Report on sanitation, dispensaries, and jails in Rajputana for 1914, and on vaccination for the year 1914-1915 - 1914-1915
Year: 1914
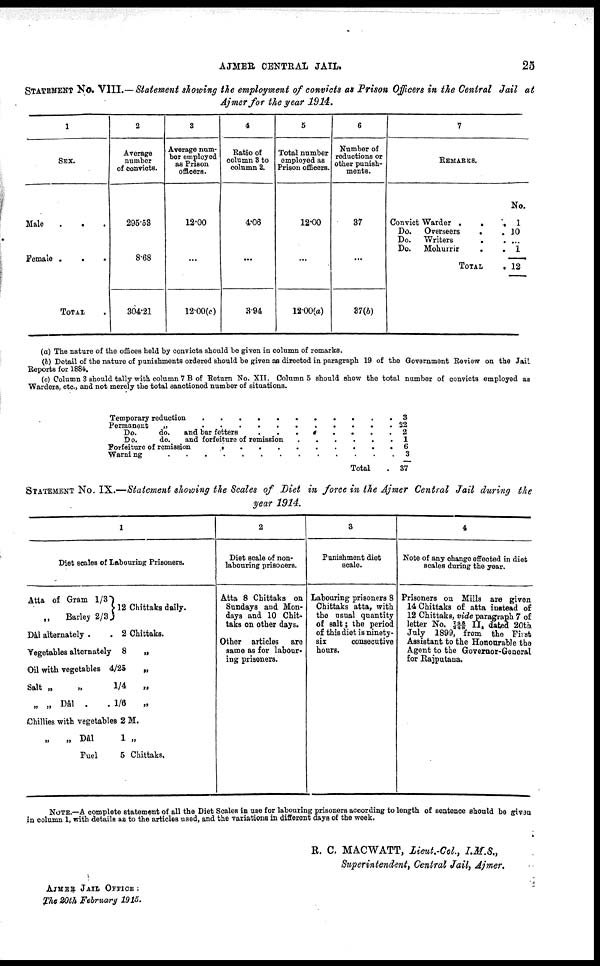
AJMER CENTRAL JAIL.
25
STATEMENT No. VIII.—Statement showing the employment of convicts as Prison Officers in the Central Jail at
Ajmer for the year 1914.
1
SEX.
Male . . .
Female
.
.
.
TOTAL
2
Average
number
of convicts.
295.53
8.68
304.21
3
Average num-
ber employed
as Prison
officers.
12.00
...
12.00(c)
4
Ratio of
column 3 to
column 2.
4.06
...
3.94
5
Total number
employed as
Prison officers.
12.00
...
12.00(a)
6
Number of
reductions or
other punish-
ments.
37
...
37(b)
7
REMARKS.
Convict Warder . . . .
Do.
Overseers . .
Do.
Writers
.
.
Do.
Mohurrir . .
TOTAL .
No.
1
10
...
1
12
(a) The nature of the offices held by convicts should be given in column of remarks.
(b) Detail of the nature of punishments ordered should be given as directed in paragraph 19 of the Government Review on the Jail
Reports for 1884.
(c) Column 3 should tally with column 7 B of Return No. XII. Column 5 should show the total number of convicts employed as
Warders, etc., and not merely the total sanctioned number of situations.
Temporary reduction . . . . . .
Permanent „ . . . . . . .
Do. do. and bar fetters . . . . .
Forfeiture of remission . . . . . .
Warning . . . . . .
Total .
3
22
2
1
6
3
37
STATEMENT No. IX.—Statement showing the Scales of Diet in force in the Ajmer Central Jail during the
year 1914.
1
Diet scales of Labouring Prisoners.
Atta of Gram 1/3
„
Barley 2/3.
Dâl alternately .
.
Vegetables alternately
Oil with vegetables
Salt „
„
„ „ Dâl .
.
12 Chittaks daily.
2 Chittaks.
8
„
4/25
„
1/4
„
1/6
„
Chillies with vegetables 2 M.
„
„
Dâl
Fuel
1 „
5 Chittaks.
2
Diet scale of non-
labouring prisoners.
Atta 8 Chittaks on
Sundays and Mon-
days and 10 Chit-
taks on other days.
Other articles
are
same as for labour-
ing prisoners.
3
Punishment diet
scale.
Labouring prisoners 8
Chittaks atta, with
the usual quantity
of salt; the period
of this diet is ninety-
six
consecutive
hours.
4
Note of any change effected in diet
scales during the year.
Prisoners on Mills are given
14 Chittaks of atta instead of
12 Chittaks, vide paragraph 7 of
letter No. 745/248 II, dated 20th
July 1899, from the First
Assistant to the Honourable the
Agent to the Governor-General
for Rajputana.
NOTE.—A complete statement of all the Diet Scales in use for labouring prisoners according to length of sentence should be given
in column 1, with details as to the articles used, and the variations in different days of the week.
R. C. MACWATT, Lieut.-Col., I.M.S.,
Superintendent, Central Jail, Ajmer.
AJMER JAIL OFFICE :
The 20th February
1915.